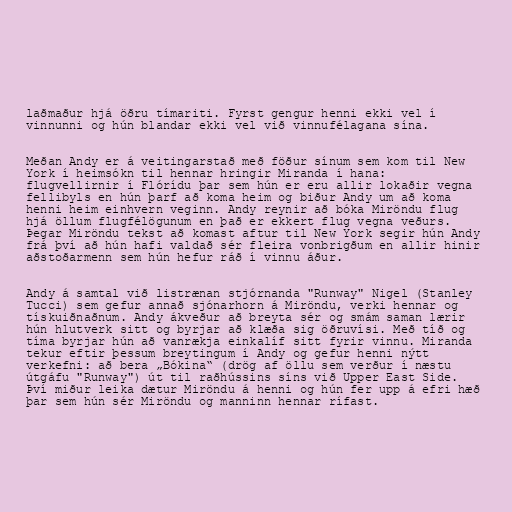
laðmaður hjá öðru tímariti. Fyrst gengur henni ekki vel í
vinnunni og hún blandar ekki vel við vinnufélagana sína.

Meðan Andy er á veitingarstað með föður sínum sem kom til New
York í heimsókn til hennar hringir Miranda í hana:
flugvellirnir í Flórídu þar sem hún er eru allir lokaðir vegna
fellibyls en hún þarf að koma heim og biður Andy um að koma
henni heim einhvern veginn. Andy reynir að bóka Miröndu flug
hjá öllum flugfélögunum en það er ekkert flug vegna veðurs.
Þegar Miröndu tekst að komast aftur til New York segir hún Andy
frá því að hún hafi valdað sér fleira vonbrigðum en allir hinir
aðstoðarmenn sem hún hefur ráð í vinnu áður.

Andy á samtal við listrænan stjórnanda "Runway" Nigel (Stanley
Tucci) sem gefur annað sjónarhorn á Miröndu, verki hennar og
tískuiðnaðnum. Andy ákveður að breyta sér og smám saman lærir
hún hlutverk sitt og byrjar að klæða sig öðruvísi. Með tíð og
tíma byrjar hún að vanrækja einkalíf sitt fyrir vinnu. Miranda
tekur eftir þessum breytingum í Andy og gefur henni nýtt
verkefni: að bera „Bókina“ (drög af öllu sem verður í næstu
útgáfu "Runway") út til raðhússins síns við Upper East Side.
Því miður leika dætur Miröndu á henni og hún fer upp á efri hæð
þar sem hún sér Miröndu og manninn hennar rífast.